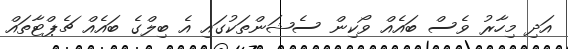
އަދި މިހާރު ވެސް ބައެއް ވޯކިން ސެޝަންތަކުގައި އެ ބިލްގެ ބައެއް ޗެޕްޓާތައް